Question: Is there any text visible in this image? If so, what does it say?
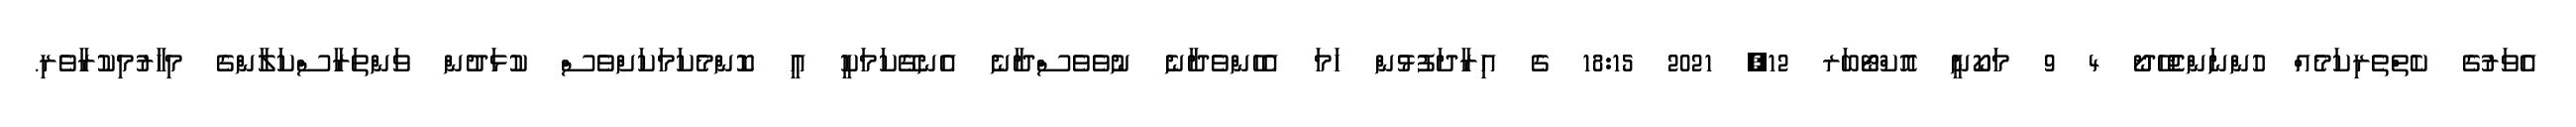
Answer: އެވަރުގެ ކެތްތެރިކަމެއް ހުންނަންޖެހޭދޯ 4 9 މަކޯނީ އޮކްޓޯބަރ 12, 2021 18:15 ގެ އިރާދަފުޅުން ހަމަ އެހެންވެދާނެ ނުވެވެސްދާނެ އެނގޭކަމަކީ އީ ކޮންމެކަމަކަށްވެސް ކުޅަދުން ވަންތަރާސްކަލާންގެ މިހާރުމިކުރާވެރި.